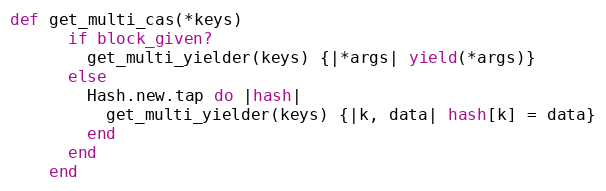
Language: Ruby
def get_multi_cas(*keys)
      if block_given?
        get_multi_yielder(keys) {|*args| yield(*args)}
      else
        Hash.new.tap do |hash|
          get_multi_yielder(keys) {|k, data| hash[k] = data}
        end
      end
    end